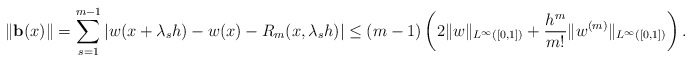
\begin{align*}\|\mathbf{b}(x)\| = \sum_{s=1}^{m-1} |w(x+\lambda_s h) - w(x) - R_m(x, \lambda_s h)| \leq (m-1) \left(2\|w\|_{L^{\infty}([0,1])} + \frac{h^m}{m!} \|w^{(m)}\|_{L^{\infty}([0,1])}\right).\end{align*}